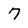
Character: 7